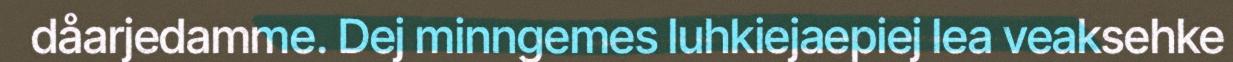
dåarjedamme. Dej minngemes luhkiejaepiej lea veaksehke